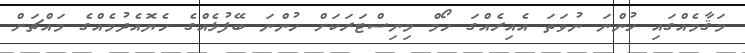
މަޤާމެއްގައި ހުންނަ ނުވަތަ އެއިރެއްގަ ހޯމް މިނިސްޓަރަކަށް ހުންނަ ބޭފުޅެއްގެ ހެޔޮއެދުމެއްގެ މައްޗަށް